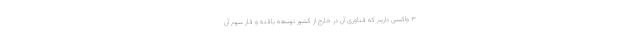
۳ واکسن داریم که فناوری آن در خارج از کشور توسعه یافته و فاز سوم آن